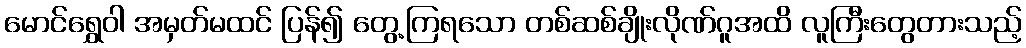
မောင်ရွှေဝါ အမှတ်မထင် ပြန်၍ တွေ့ကြရသော တစ်ဆစ်ချိုးလိုဏ်ဂူအထိ လူကြီးတွေတားသည့်